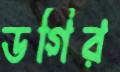
ডগির